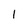
Character: 1